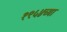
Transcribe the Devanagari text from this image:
१९५४च्या